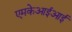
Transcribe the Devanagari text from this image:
एमकेआईआई